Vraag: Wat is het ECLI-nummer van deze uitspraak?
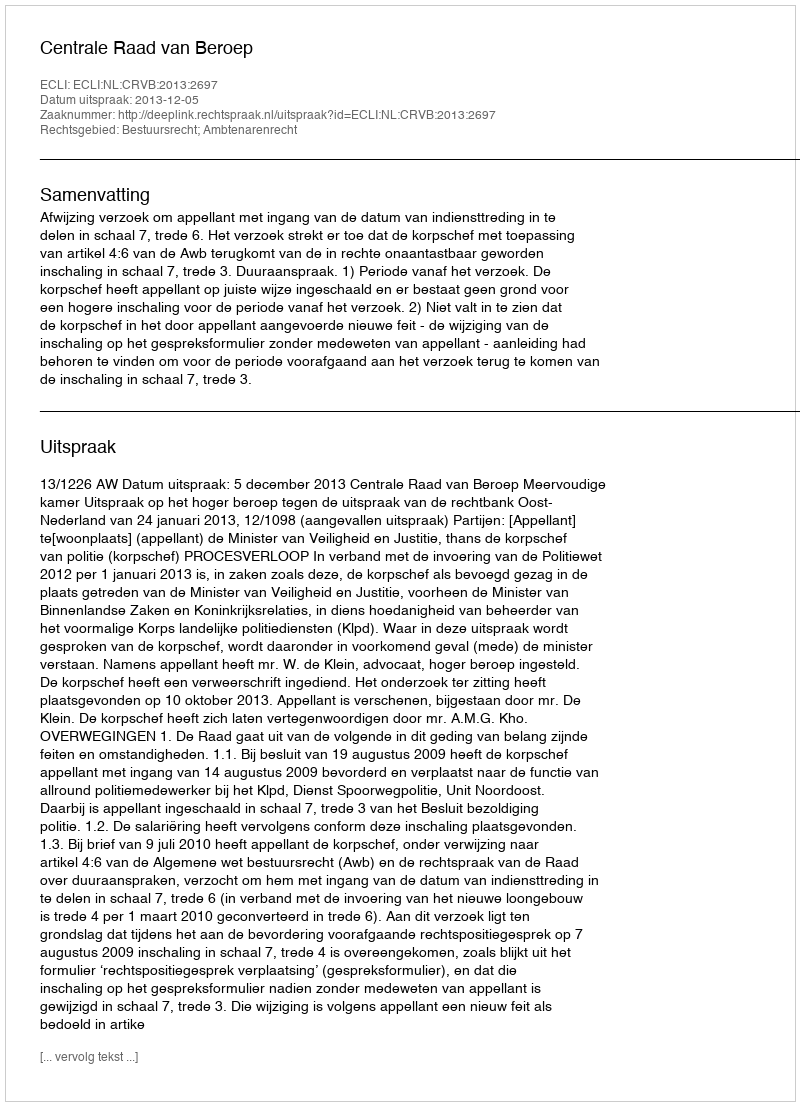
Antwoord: ECLI:NL:CRVB:2013:2697